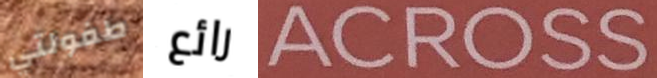
طفولتي رائع ACROSS